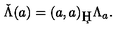
\check { \Lambda } ( a ) = { ( a , a ) _ { \c H } } \Lambda _ { a } .